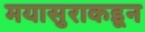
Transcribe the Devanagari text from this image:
मयासुराकडून